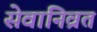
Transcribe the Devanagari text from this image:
सेवानिव्रत